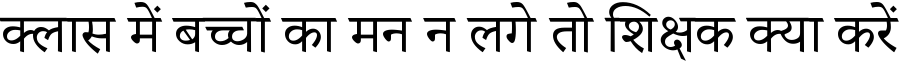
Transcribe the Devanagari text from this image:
क्लास में बच्चों का मन न लगे तो शिक्षक क्या करें